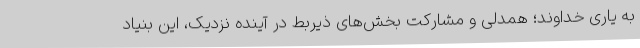
به یاری خداوند؛ همدلی و مشارکت بخش‌های ذیربط در آینده نزدیک، این بنیاد